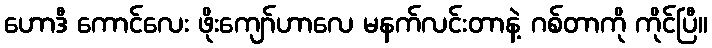
ဟောဒီ ကောင်လေး ဖိုးကျော်ဟာလေ မနက်လင်းတာနဲ့ ဂစ်တာကို ကိုင်ပြီ။